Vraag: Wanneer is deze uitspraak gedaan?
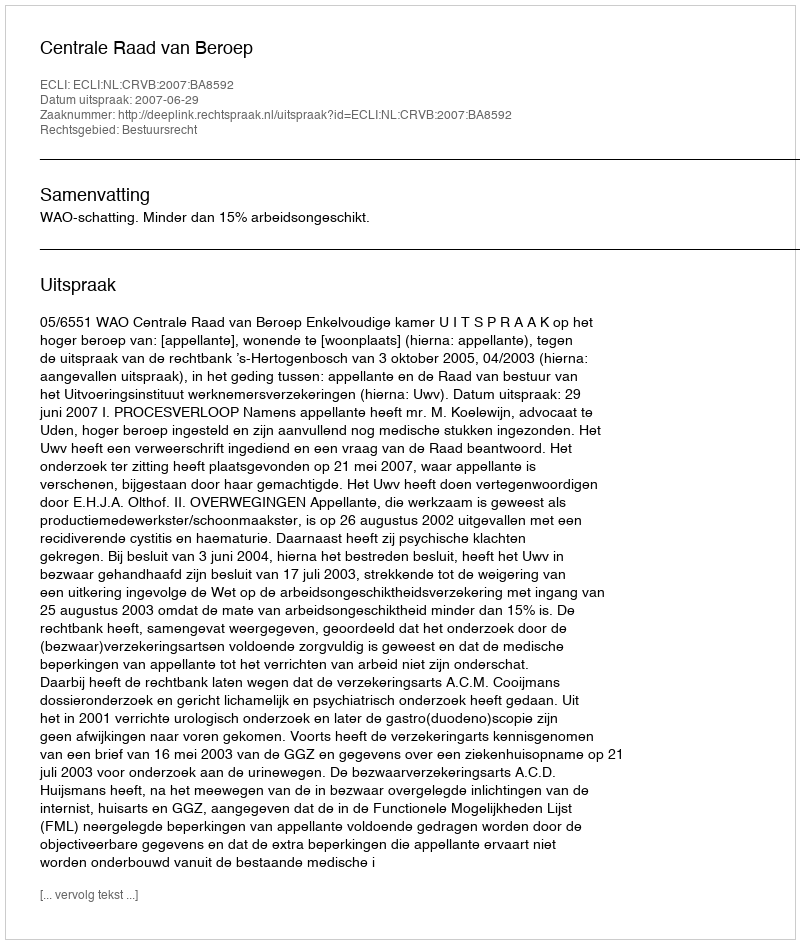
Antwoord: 2007-06-29